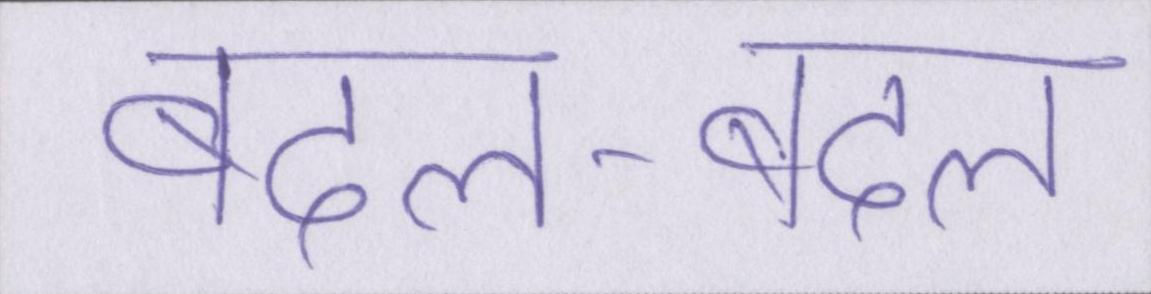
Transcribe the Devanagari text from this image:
बदल-बदल